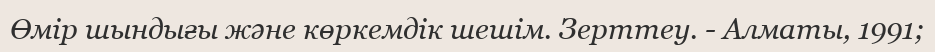
Өмір шындығы және көркемдік шешім. Зерттеу. - Алматы, 1991;